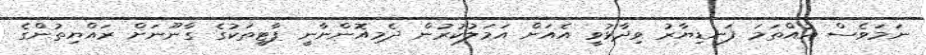
ނަމަވެސް އުއްތަމަ ފަނޑިޔާރު ވިދާޅުވީ އެއަށް އަމަލުކުރުން ދެމިއޮންނާނީ ޕާޓީތަކުގެ ގާނޫނަށް ރައްޔިތުންގެ